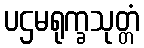
ပဌမရုက္ခသုတ္တံ